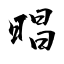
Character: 晿